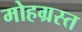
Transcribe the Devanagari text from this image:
मोहग्रस्त